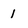
Character: 1